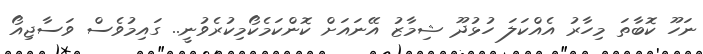
ނަހޫ ކޮބާތަ މިހާރު އެއްކަލަ ހުޅުދޫ ޝިމާޒު އޭނައަށް ކޮންކަމެކޯމިކުރެވުނީ.. ގައިމުވެސް ވަސާޖިއޯ